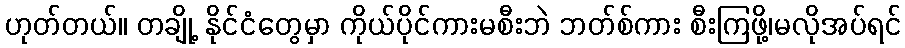
ဟုတ်တယ်။ တချို့ နိုင်ငံတွေမှာ ကိုယ်ပိုင်ကားမစီးဘဲ ဘတ်စ်ကား စီးကြဖို့၊မလိုအပ်ရင်